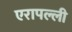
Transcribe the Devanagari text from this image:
एरापल्ली